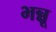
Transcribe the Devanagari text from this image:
भन्नू